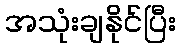
အသုံးချနိုင်ပြီး